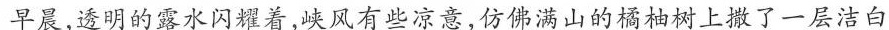
早晨,透明的露水闪耀着,峡风有些凉意,仿佛满山的橘柚树上撒了一层洁白